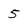
Character: 5